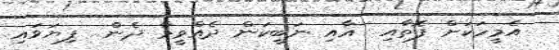
އެމީހަކަށް ފޮތާއި  އާއި ނަބީކަން ދެއްވީމާ ދެން  ފިޔަވައި